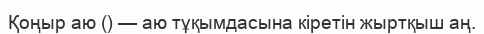
Қоңыр аю () — аю тұқымдасына кіретін жыртқыш аң.